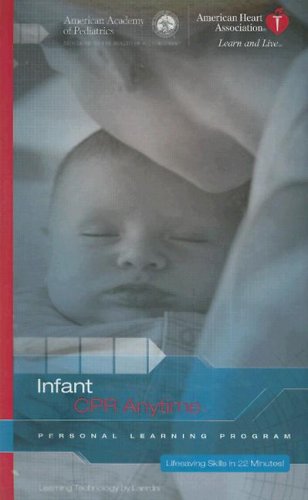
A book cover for Infant CPR Anytime: Personal Learning Program [With CPR Learning Manikin, Practice Phone, Etc. and DVD]; Aap; Health, Fitness & Dieting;